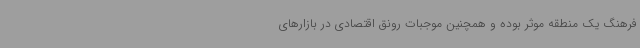
فرهنگ یک منطقه موثر بوده و همچنین موجبات رونق اقتصادی در بازارهای